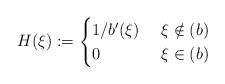
LaTeX: \begin{align*} H(\xi):=\begin{cases}1/b'(\xi)&\ \xi \notin (b)\\ 0 &\ \xi \in (b) \end{cases}\end{align*}